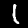
Label: 1